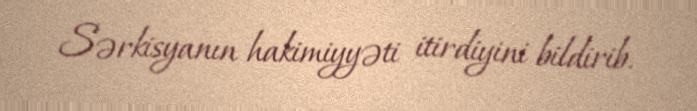
Sərkisyanın hakimiyyəti itirdiyini bildirib.